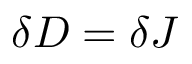
\delta D = \delta J